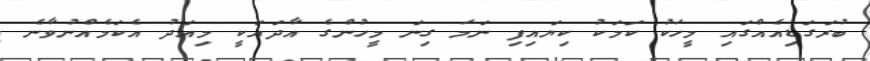
ބުރަގަޑިއެއްގައި މީހަކު ކަމަކު ކިޔައިފި ނަމަ ގިނަ މީހުންގެ އާދައަކީ މިއަދު އެކަމެއްނުވާނެ